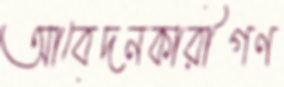
আবেদনকারীগণ